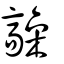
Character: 髞